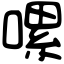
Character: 𠼱